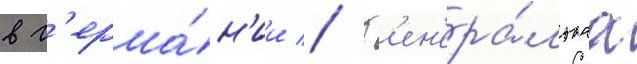
в г'ерма́н'ии // Г'ен'ера́льнаа